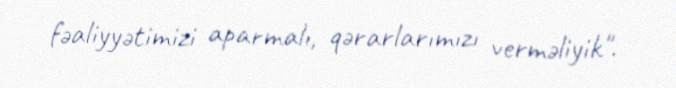
fəaliyyətimizi aparmalı, qərarlarımızı verməliyik".